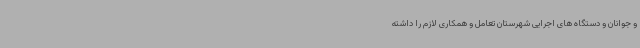
و جوانان و دستگاه های اجرایی شهرستان تعامل و همکاری لازم را داشته